65_HS1-834228961_62-HQ-83894_Section_8
Agency: FBI
Page 81
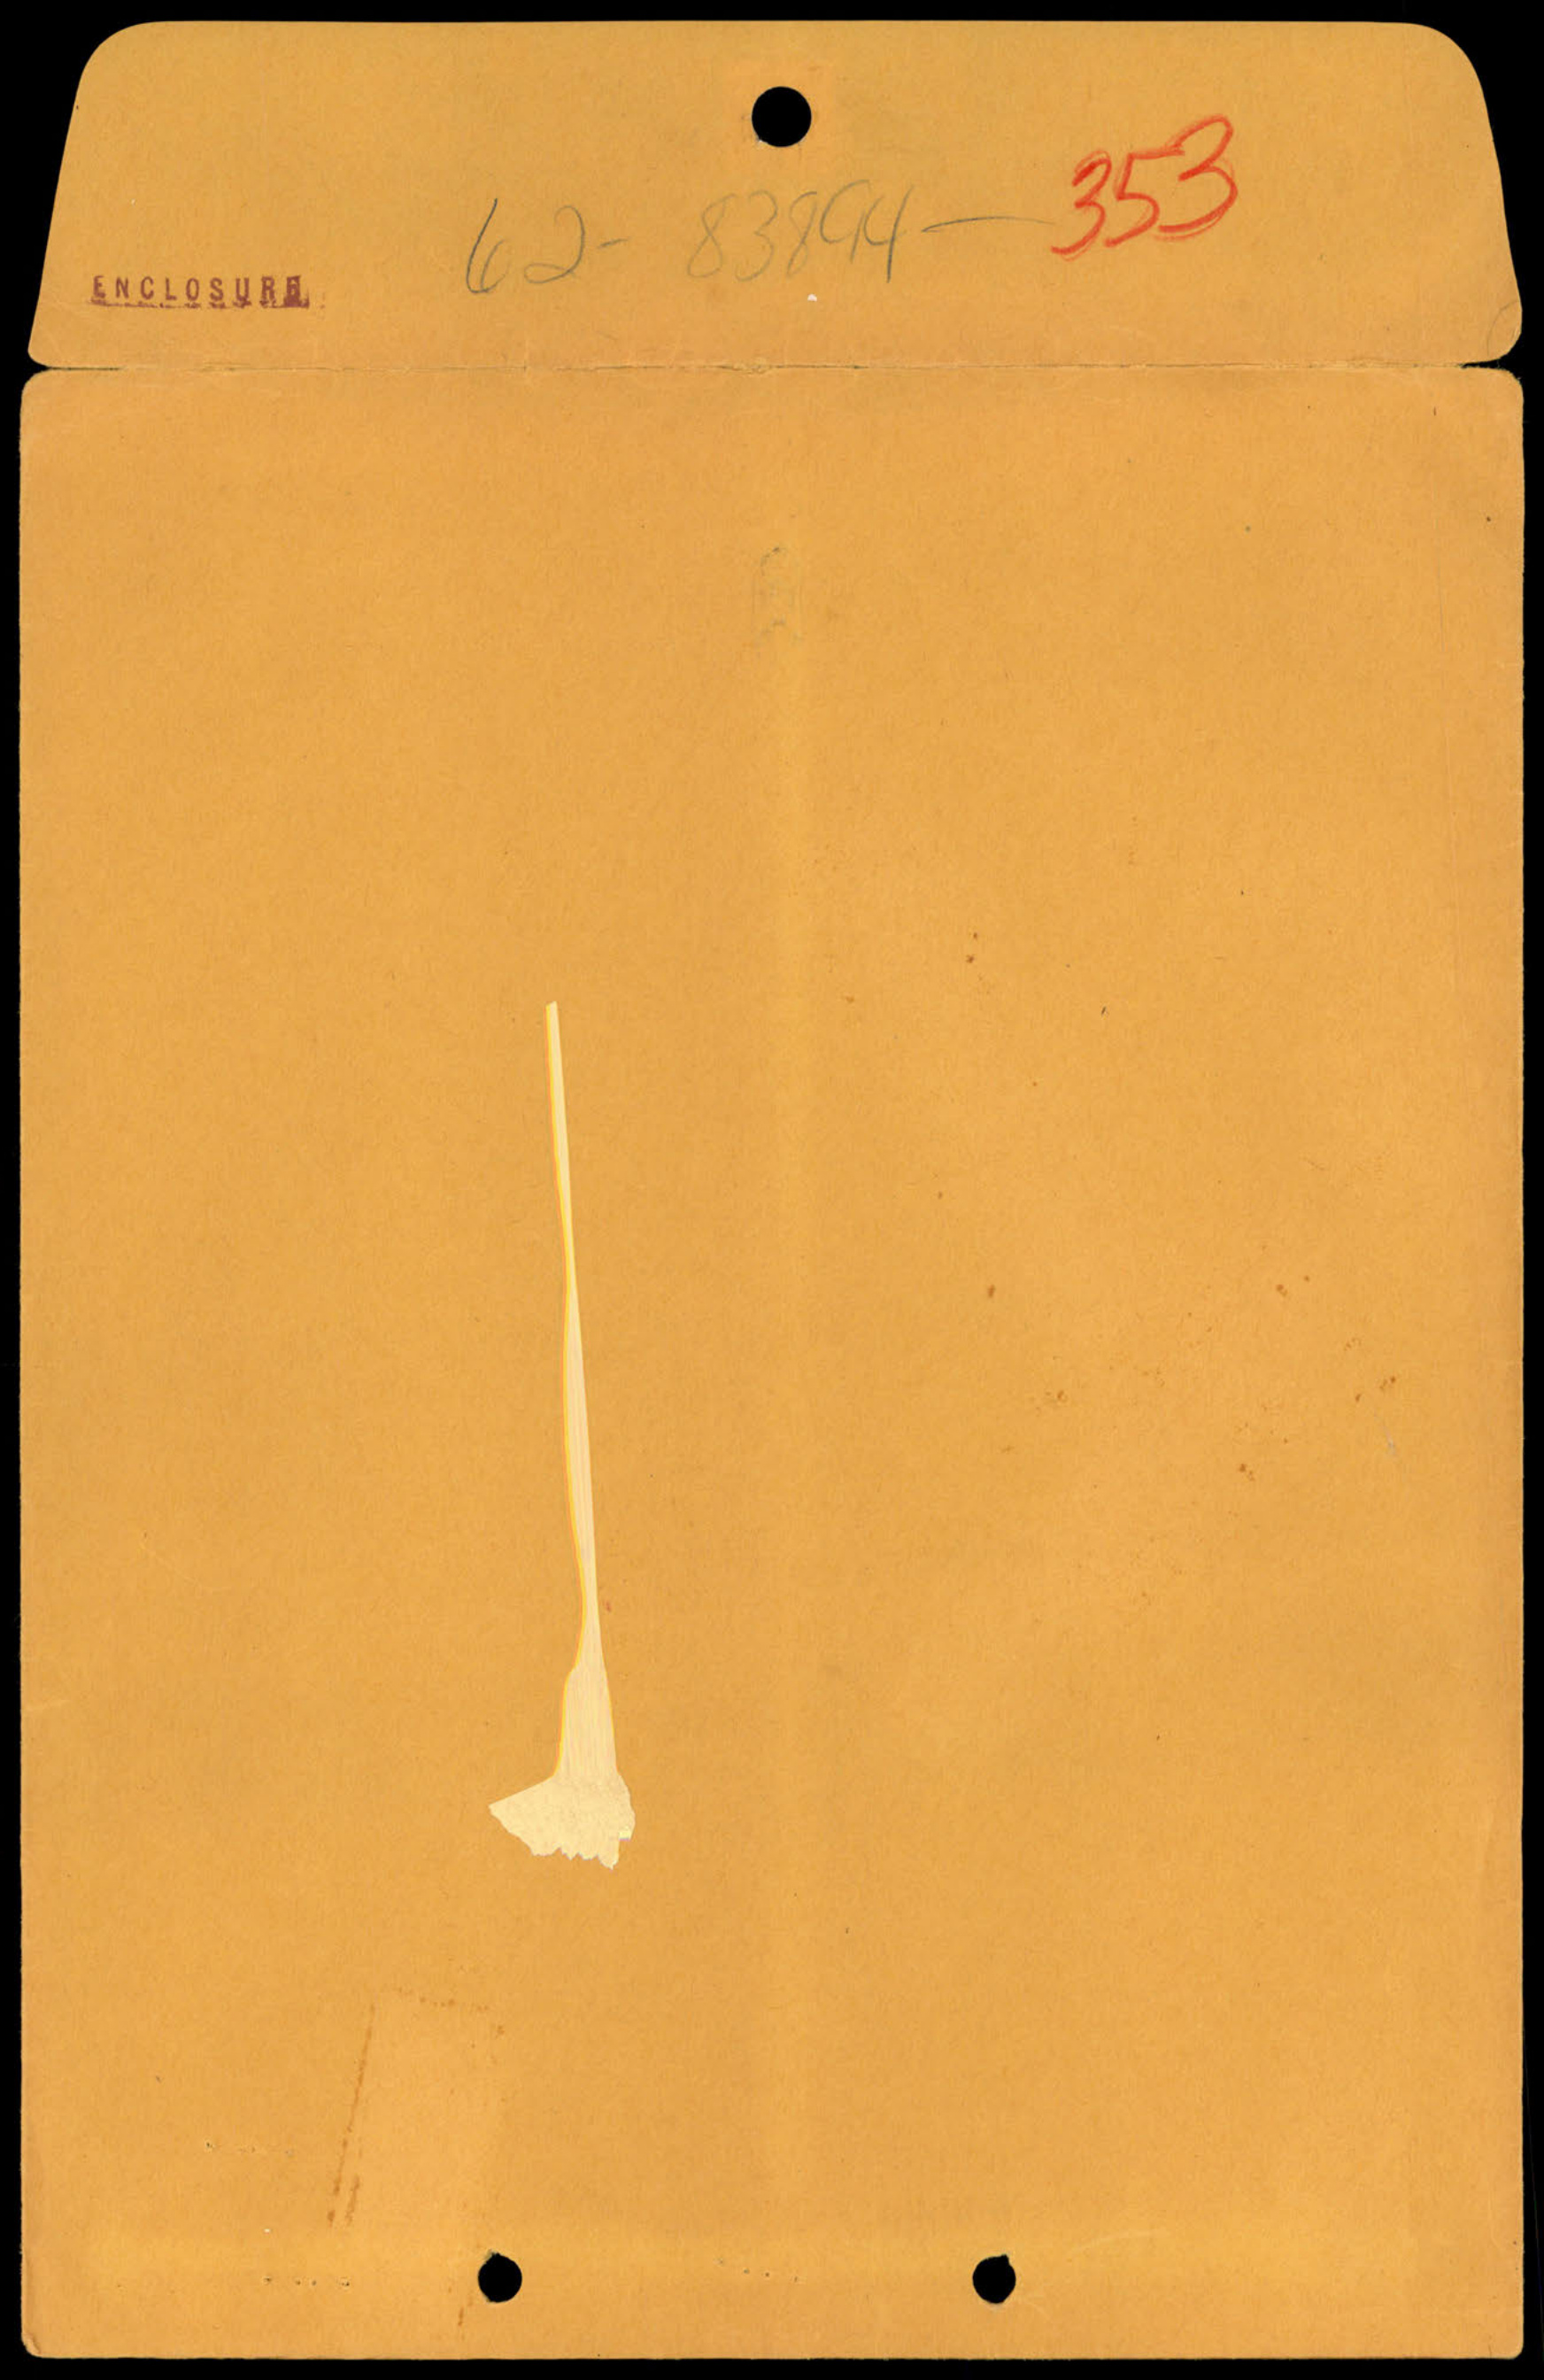